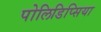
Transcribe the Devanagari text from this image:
पोलिडिप्सिया